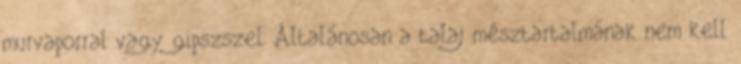
murvaporral vagy gipszszel. Általánosan a talaj mésztartalmának nem kell